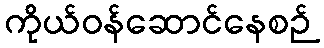
ကိုယ်ဝန်ဆောင်နေစဉ်